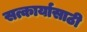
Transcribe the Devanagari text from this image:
सत्कार्यासाठी